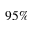
9 5 \%